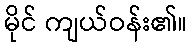
မိုင် ကျယ်ဝန်း၏။